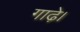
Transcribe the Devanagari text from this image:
गाढ़े।